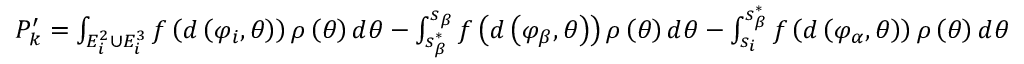
\begin{array} { r } { P _ { k } ^ { \prime } = \int _ { E _ { i } ^ { 2 } \cup E _ { i } ^ { 3 } } { f \left( { d \left( { { \varphi _ { i } } , \theta } \right) } \right) \rho \left( \theta \right) d \theta } - \int _ { s _ { \beta } ^ { * } } ^ { { s _ { \beta } } } { f \left( { d \left( { { \varphi _ { \beta } } , \theta } \right) } \right) \rho \left( \theta \right) d \theta } - \int _ { { s _ { i } } } ^ { s _ { \beta } ^ { * } } { f \left( { d \left( { { \varphi _ { \alpha } } , \theta } \right) } \right) \rho \left( \theta \right) d \theta } } \end{array}